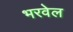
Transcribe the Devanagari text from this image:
भरवेल